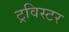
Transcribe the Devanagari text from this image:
ट्रविस्टर